Lunatic asylums Madras 1877-1891 - 1877-1891
Year: 1877
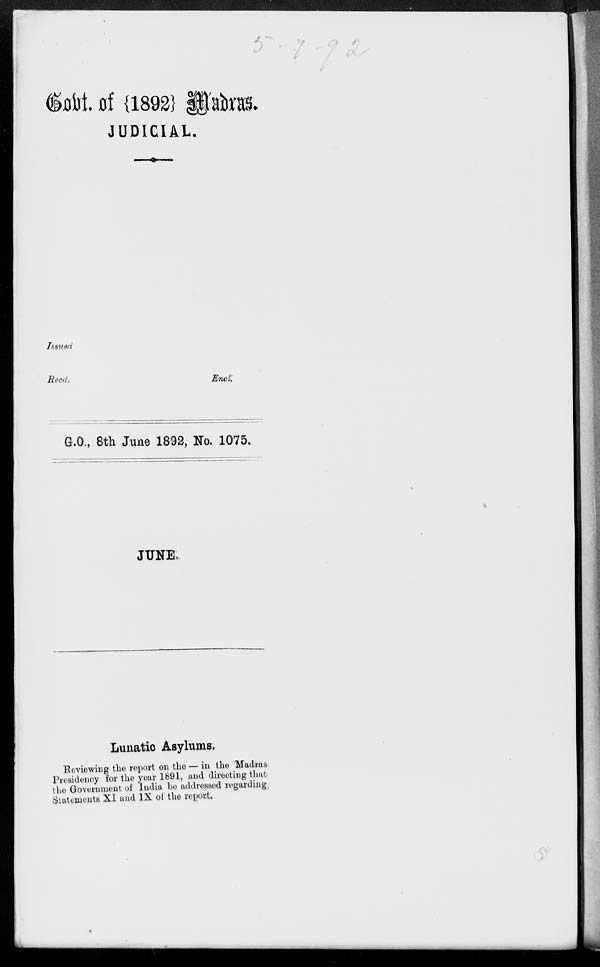
Govt. of {1892} Madras.
JUDICIAL.
Issued
Recd.
Encl.
G.O., 8th June 1892, No. 1075.
JUNE.
Lunatic Asylums.
Reviewing the report on the — in the Madras
Presidency for the year 1891, and directing that
the Government of India be addressed regarding
Statements XI and IX of the report.